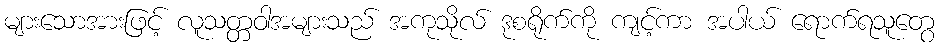
များသောအားဖြင့် လူသတ္တဝါအများသည် အကုသိုလ် ဒုစရိုက်ကို ကျင့်ကာ အပါယ် ရောက်ရသူတွေ